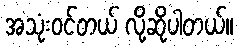
အသုံးဝင်တယ် လို့ဆိုပါတယ်။